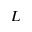
L